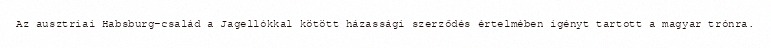
Az ausztriai Habsburg-család a Jagellókkal kötött házassági szerződés értelmében igényt tartott a magyar trónra.